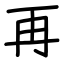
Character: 再